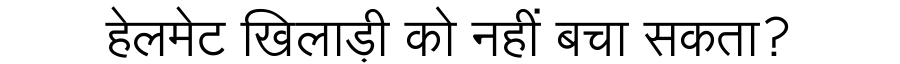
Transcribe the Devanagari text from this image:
हेलमेट खिलाड़ी को नहीं बचा सकता?